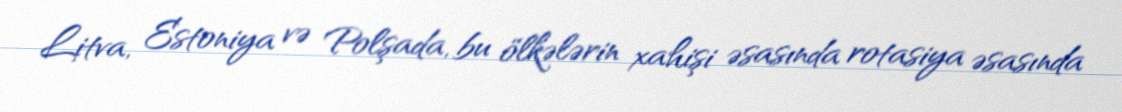
Litva, Estoniya və Polşada, bu ölkələrin xahişi əsasında rotasiya əsasında